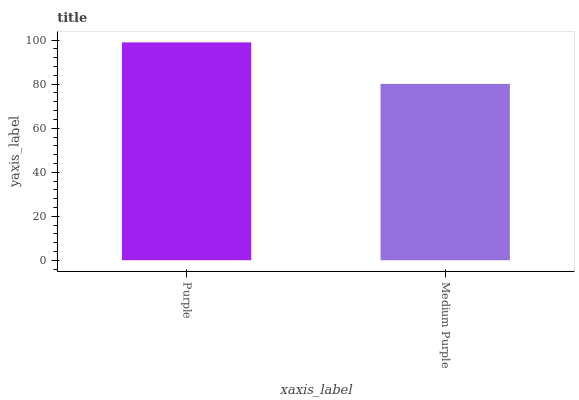
| xaxis_label | bars |
 | --- | --- |
 | Purple | 99 |
 | Medium Purple | 80.1 |